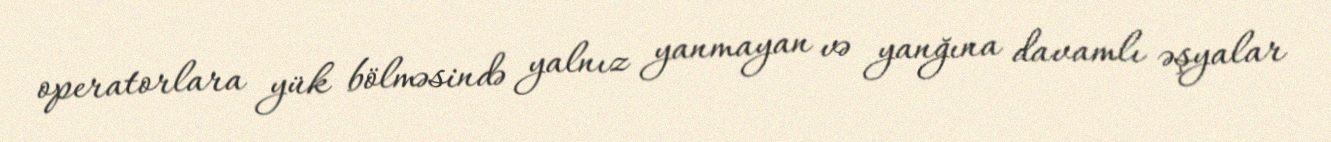
operatorlara yük bölməsində yalnız yanmayan və yanğına davamlı əşyalar